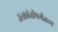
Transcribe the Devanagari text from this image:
उत्क्रांतीपर्यंतच्य